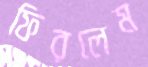
ফিরলেম